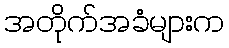
အတိုက်အခံများက